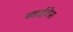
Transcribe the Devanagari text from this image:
थ्वाईटेस